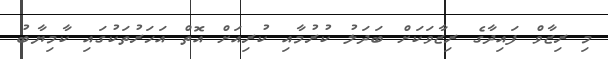
މި ރިޒާވް ފައިދާގެ ރިޒާވަކަށް ބަދަލު ކުރުމާއި ކުރިއަށް އޮތް އަހަރުތަކުގައި ކާމިޔާބު